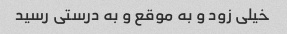
خیلی زود و به موقع و به درستی رسید